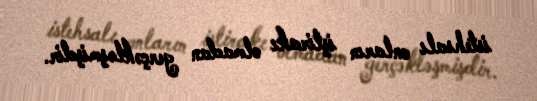
istehsalı onların iştirakı olmadan gerçəkləşmişdir.